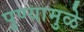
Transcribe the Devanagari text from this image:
पुण्यामुळे